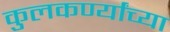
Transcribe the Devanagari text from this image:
कुलकर्ण्यांच्या